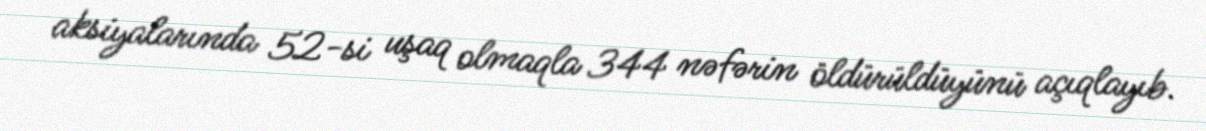
aksiyalarında 52-si uşaq olmaqla 344 nəfərin öldürüldüyünü açıqlayıb.